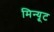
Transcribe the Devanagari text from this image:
मिन्यूट